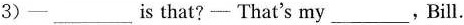
3)一___is that?—— That's my___,Bill.